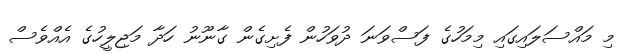
މި މައްސަލައިގައި މިމަހުގެ ފަސްވަނަ ދުވަހުން ފެށިގެން ގާނޫނު ހަދާ މަޖިލީހުގެ އެއްވެސް